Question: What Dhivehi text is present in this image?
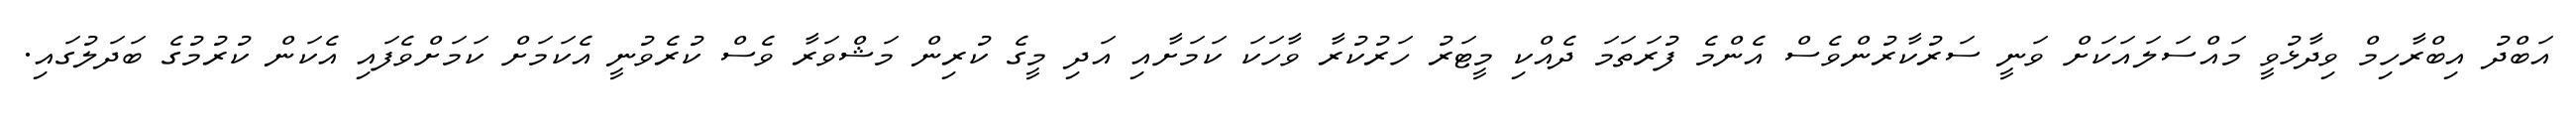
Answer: އަބްދު އިބްރާހިމް ވިދާޅުވީ މައްސަލައަކަށް ވަނީ ސަރުކާރުންވެސް އެންމެ ފުރަތަމަ ދެއްކި މީޓަރު ހަރުކުރާ ވާހަކަ ކަމަށާއި އަދި މީގެ ކުރިން މަޝްވަރާ ވެސް ކުރެވުނީ އެކަމަށް ކަމަށްވެފައި އެކަން ކުރުމުގެ ބަދަލުގައި.